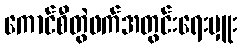
ကောင်စီတွဲဖက်အတွင်းရေးမှူး